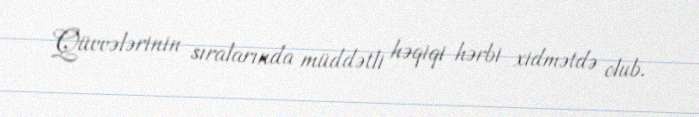
Qüvvələrinin sıralarında müddətli həqiqi hərbi xidmətdə olub.